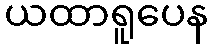
ယထာရူပေန